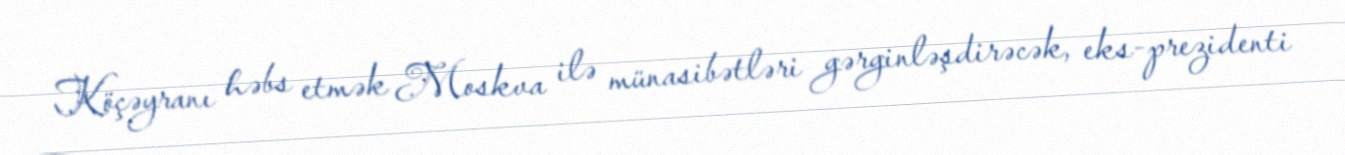
Köçəyranı həbs etmək Moskva ilə münasibətləri gərginləşdirəcək, eks-prezidenti